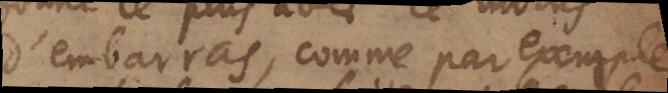
d’embarras, comme par exemple